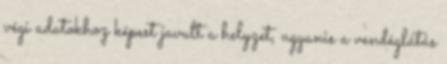
végi adatokhoz képest javult a helyzet, ugyanis a vendéglátás